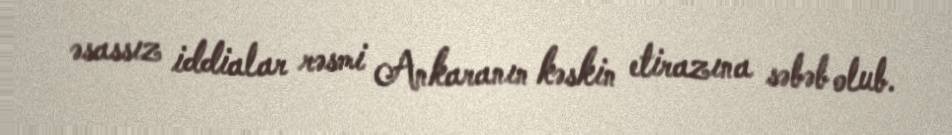
əsassız iddialar rəsmi Ankaranın kəskin etirazına səbəb olub.